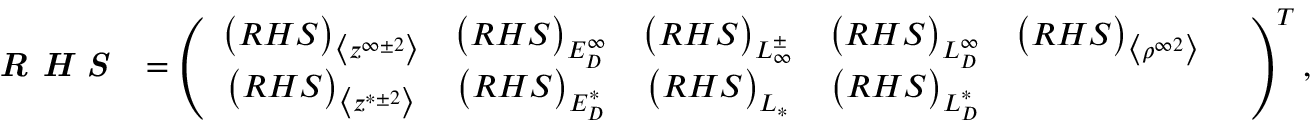
\textbf { \emph { R H S } } = \left( \begin{array} { c c c c c c c c c } { \big ( R H S \big ) _ { \big < z ^ { \infty \pm 2 } \big > } } & { \big ( R H S \big ) _ { E _ { D } ^ { \infty } } } & { \big ( R H S \big ) _ { L _ { \infty } ^ { \pm } } } & { \big ( R H S \big ) _ { L _ { D } ^ { \infty } } } & { \big ( R H S \big ) _ { \big < \rho ^ { \infty 2 } \big > } } & \\ { \big ( R H S \big ) _ { \big < z ^ { * \pm 2 } \big > } } & { \big ( R H S \big ) _ { E _ { D } ^ { * } } } & { \big ( R H S \big ) _ { L _ { * } } } & { \big ( R H S \big ) _ { L _ { D } ^ { * } } } \end{array} \right) ^ { T } ,